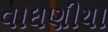
વાઘણીયા